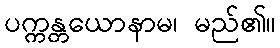
ပက္ကန္တယောနာမ၊ မည်၏။